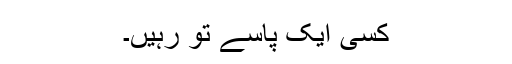
کسی ایک پاسے تو رہیں۔